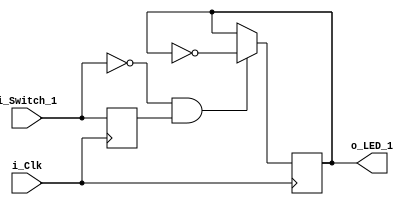
module flipflop (
  input i_Clk,
  input i_Switch_1,
  output o_LED_1
  );
  
  reg r_Switch_1 = 1'b0;
  reg r_LED_1 = 1'b0;
  
  always @ (posedge i_Clk) begin
    r_Switch_1 <= i_Switch_1;
    // Note: changes when button is released
    if (i_Switch_1 == 1'b0 && r_Switch_1 == 1'b1) begin
      r_LED_1 <= ~r_LED_1;
    end
  end
  
  assign o_LED_1 = r_LED_1;
  
endmodule